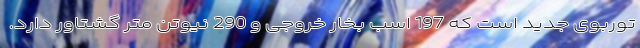
توربوی جدید است که 197 اسب بخار خروجی و 290 نیوتن متر گشتاور دارد.